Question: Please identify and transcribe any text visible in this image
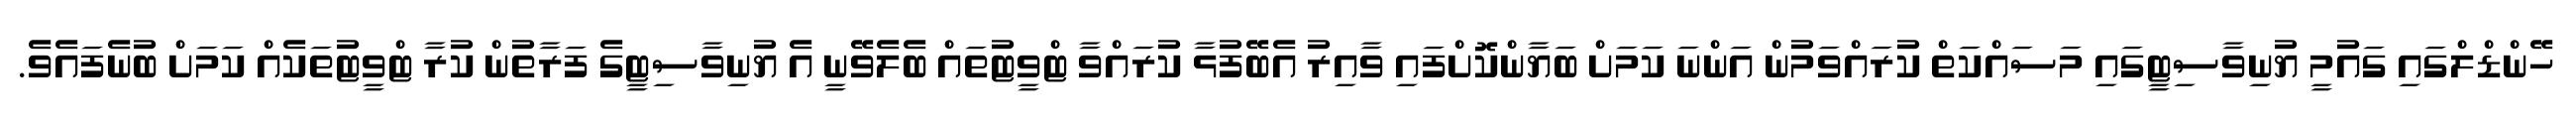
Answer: ހޭންޑްލްގައި ގައުމީ ޔުނިވާސިޓީގައި މަސައްކަތް ކުރައްވަމުން އަންނަ ކަމަށް ބަޔާންކޮށްފައި ވާއިރު އެބޭފުޅާ ކުރައްވާ ޓްވީޓުތައް ބެލެވޭނީ އެ ޔުނިވާސިޓީގެ ފަރާތުން ކުރާ ޓްވީޓުތަކެއް ކަމަށް ބުނެފައެވެ.